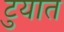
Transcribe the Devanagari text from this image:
टुयात